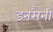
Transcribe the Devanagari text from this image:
डनसैनी